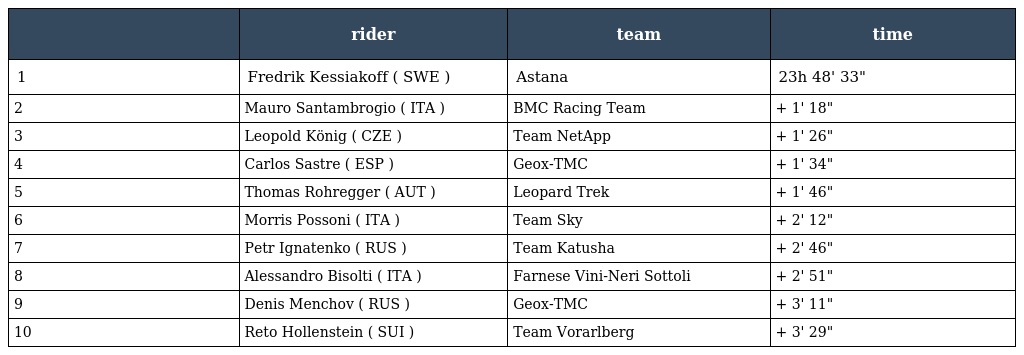
|  | rider | team | time |
 | --- | --- | --- | --- |
 | 1 | Fredrik Kessiakoff ( SWE ) | Astana | 23h 48' 33" |
 | 2 | Mauro Santambrogio ( ITA ) | BMC Racing Team | + 1' 18" |
 | 3 | Leopold König ( CZE ) | Team NetApp | + 1' 26" |
 | 4 | Carlos Sastre ( ESP ) | Geox-TMC | + 1' 34" |
 | 5 | Thomas Rohregger ( AUT ) | Leopard Trek | + 1' 46" |
 | 6 | Morris Possoni ( ITA ) | Team Sky | + 2' 12" |
 | 7 | Petr Ignatenko ( RUS ) | Team Katusha | + 2' 46" |
 | 8 | Alessandro Bisolti ( ITA ) | Farnese Vini-Neri Sottoli | + 2' 51" |
 | 9 | Denis Menchov ( RUS ) | Geox-TMC | + 3' 11" |
 | 10 | Reto Hollenstein ( SUI ) | Team Vorarlberg | + 3' 29" |